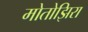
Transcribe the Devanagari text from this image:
मोतोझिरा